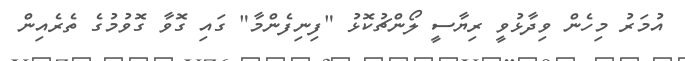
އުމަރު މިހެން ވިދާޅުވީ ރިޔާސީ ލޯންޗުކޮޅު "ފިނިފެންމާ" ގައި ގޮވާ ގޮވުމުގެ ތެރެއިން